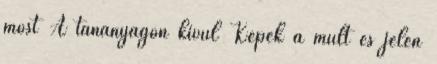
most A tananyagon kívül Képek a múlt és jelen